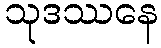
သုဒဿနေ